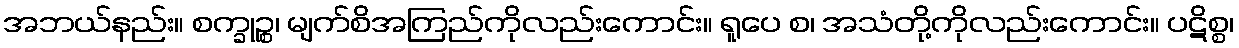
အဘယ်နည်း။ စက္ခုဉ္စ၊ မျက်စိအကြည်ကိုလည်းကောင်း။ ရူပေ စ၊ အသံတို့ကိုလည်းကောင်း။ ပဋိစ္စ၊